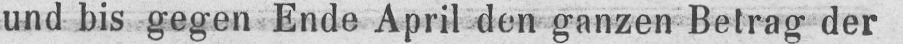
und bis gegen Ende April den ganzen Betrag der